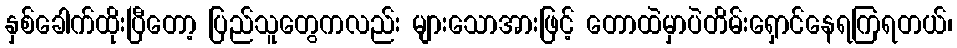
နှစ်ခေါက်ထိုးပြီတော့ ပြည်သူတွေကလည်း များသောအားဖြင့် တောထဲမှာပဲတိမ်းရှောင်နေရကြရတယ်၊